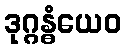
ဒုဂ္ဂန္ဓံယေဝ